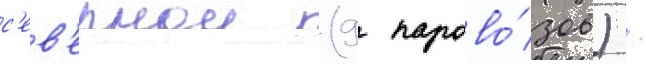
с'ев'ернои (9 парово́зов) /